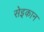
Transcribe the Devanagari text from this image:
सेइकान